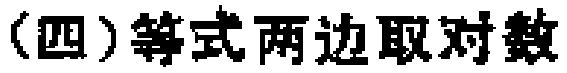
（四）等式两边取对数